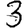
Digit: 3